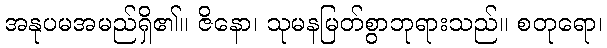
အနုပမအမည်ရှိ၏။ ဇိနော၊ သုမနမြတ်စွာဘုရားသည်။ စတုရော၊